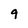
Character: 9